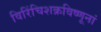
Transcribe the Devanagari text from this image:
विरिंचिशक्रविष्णूनां